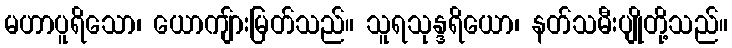
မဟာပူရိသော၊ ယောကျ်ားမြတ်သည်။ သူရသုန္ဒရိယော၊ နတ်သမီးပျိုတို့သည်။